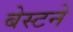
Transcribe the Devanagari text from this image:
बेस्टने